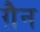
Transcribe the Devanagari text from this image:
ग़ैन